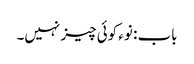
باب : نوء کوئی چیز نہیں۔